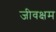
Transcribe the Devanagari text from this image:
जीवक्षम